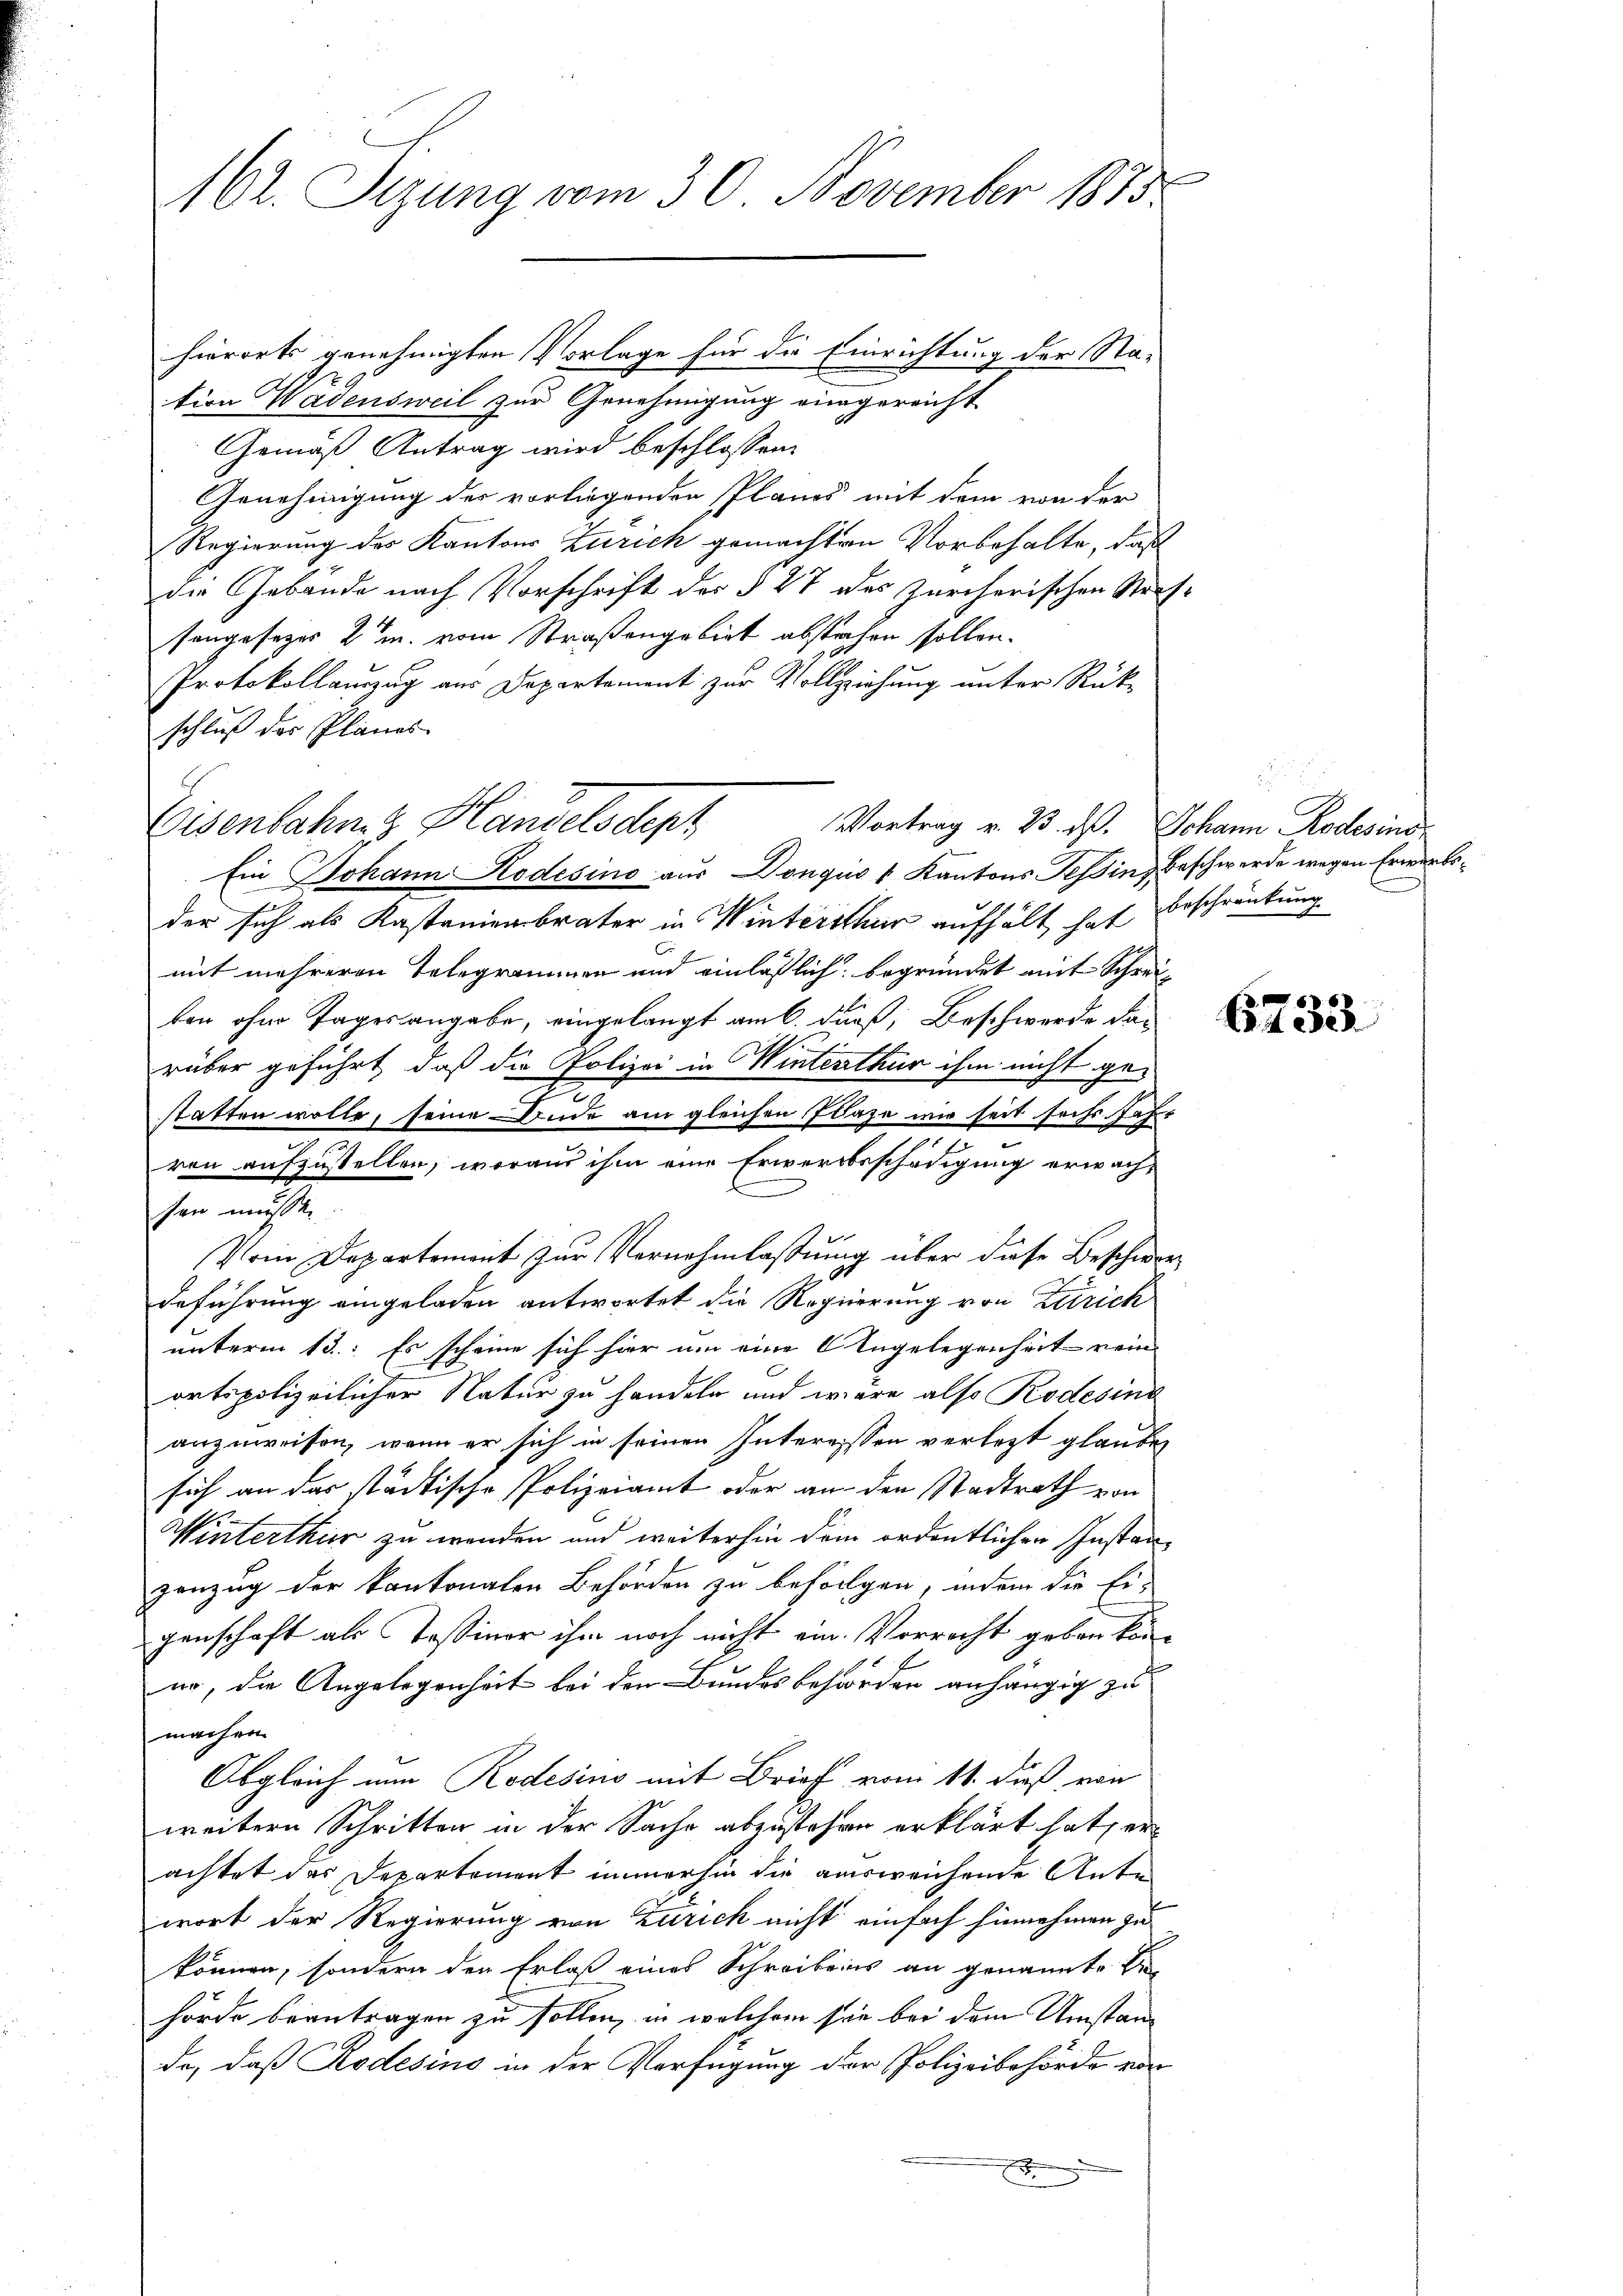
hierorts genehmigten Vorlage für die Einrichtung der Nation Wadensweil zur Genehmigung eingereicht
Gemäß Antrag wird beschlossen:
Genehmigung des vorliegenden Planes mit dem von der
Regierung des Kantons Zürich gemachten Vorbehalte, daß
die Gebäude nach Vorschrift der § 27 des zürcherischen Strafsengesezes 2tm. vom Straßengebiet abstehen sollen.
Protokollauszug aus Departement zur Vollziehung unter Rükschluß der Planes.
Eisenbahn z Handelsdepr
Vortrag v. 23. d. Johann Rodesind
Ein Johann Kodesino aus Donquis Kantons Tessin, Beschwerde wegen Erwerbsder sich als Kastanienbrater in Winterthur aufhält hat Beschränkung
mit mehreren Telegrammen und einläßlich begründet mit Schreiten ohne Tagesangabe, eingelangt am 6. durs, Beschwerde das
rüber geführt, daß die Polizei in Winterthur ihm nicht ge¬
.
statten wolle, seine Bude am gleichen Plaze mir seit sechs. Jah
ren aufzustellen, woraus ihm eine Erwerbsschädigung erwächsen müsse.
Vom Departement zur Vernehmlassung über diese Beschwordeführung eingeladen antwortet die Regierung von Zutrich
unterm 13.: Es scheine sich hier um eine Angelegenheit rein
ortspolizeilicher Natur zu handeln und wäre also Rodesinn
anzuweisen, wenn er sich in seinen Interesssen verletzt glauben
sich an das städtische Polizeiamt oder an den Stadtrath von
Winterthur zu wenden und weiterhin dem ordentlichen Instanzenzug der kantonalen Behörden zu befolgen, indem die Ei-
genschaft als Tessiner ihm noch nicht ein. Vorrecht geben könno, die Angelegenheit bei den Bundesbehörden anhängig zu
machen
Obgleich nun Rodesino mit Brief vom 11. dieß von
weitern Schritten in der Sache abzustehen erklärt hat, erachtet des Departement immerhin die ausweichende Ante
wort der Regierung von Zürich nicht einfach hinnehmen zu
können, sondern den Erlaß eines Schreibens an genannte Behörde beantragen zu sollen, in welchem sie bei dem Umstande, daß Rodesins in der Verfügung der Polizeibehörde von
x

162. Sizung vom 30. November 1885.

25

6733.